Report on the working of the mental hospitals for Indians in Bihar and Orissa - 1925-1929
Year: 1925
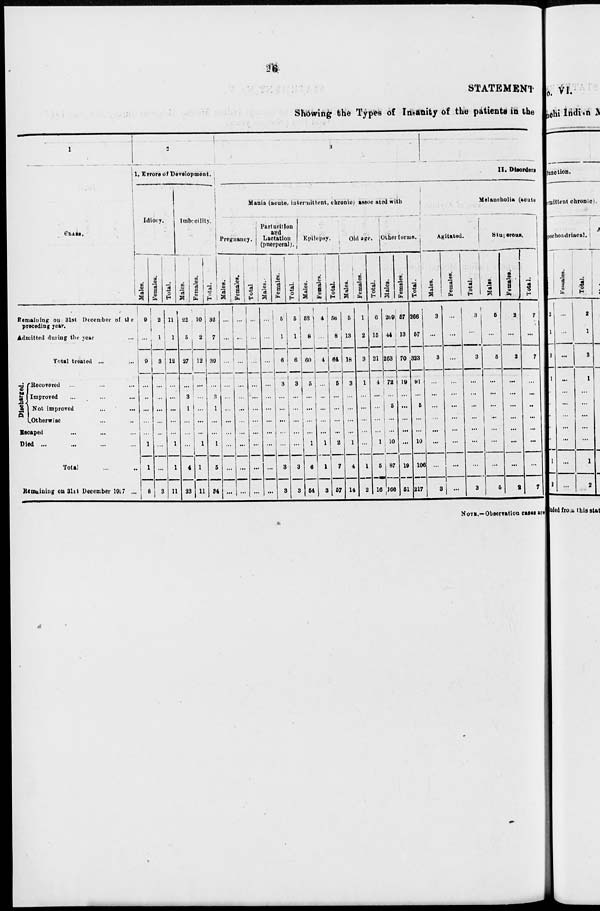
26
STATEMENT
Showing the Types of Insanity of the patients in the
1
CLASS.
Remaining on 31st December of the
preceding year.
Admitted during the year ...
Total treated ... ...
Discharged.
Recovered ... ... ...
Improved ... ... ...
Not improved ... ...
Otherwise ... ...
Escaped ... ... ...
Died ... ... ... ...
Total ... ...
Remaining on 31st December 1927 ...
2
I. Errors of Development.
Idiocy.
Males.
9
...
9
...
...
...
...
...
1
1
8
Females.
2
1
3
...
...
...
...
...
...
...
3
Total.
11
1
12
...
...
...
...
...
1
1
11
Imbecility.
Males.
22
5
27
...
3
1
...
...
...
4
23
Females.
10
2
12
...
...
...
...
...
1
1
11
Total.
32
7
39
...
3
1
...
...
1
5
34
3
Mania (acute, intermittent, chronic) associated with
Pregnancy.
Males.
...
...
...
...
...
...
...
...
...
...
...
Females.
...
...
...
...
...
...
...
...
...
...
...
Total.
...
...
...
...
...
...
...
...
...
...
...
Parturition
and
Lactation
(puerperal).
Males.
...
...
...
...
...
...
...
...
...
...
...
Females.
5
1
6
3
...
...
...
...
...
3
3
Total.
5
1
6
3
...
...
...
...
...
3
3
Epilepsy.
Males.
52
8
60
5
...
...
...
...
1
6
54
Females.
4
...
4
...
...
...
...
...
1
1
3
Total.
56
8
64
5
...
...
...
...
2
7
57
Old age.
Males.
5
13
18
3
...
...
...
...
1
4
14
Females.
1
2
3
1
...
...
...
...
...
1
2
Total.
6
15
21
4
...
...
...
...
1
5
16
Other forms.
Males.
209
44
253
72
...
5
...
...
10
87
166
Females.
57
13
70
19
...
...
...
...
...
19
51
Total.
266
57
323
91
...
5
...
...
10
106
217
4
II. Disorders
Melancholia (acute
Agitated.
Males.
3
...
3
...
...
...
...
...
...
...
3
Females.
...
...
...
...
...
...
...
...
...
...
...
Total.
3
...
3
...
...
...
...
...
...
...
3
Stuperous.
Males.
5
...
5
...
...
...
...
...
...
...
5
Females.
2
...
2
...
...
...
...
...
...
...
2
Total.
7
...
7
...
...
...
...
...
...
...
7
NOTE.—Observation cases are